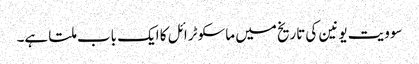
سوویت یونین کی تاریخ میں ماسکو ٹرائل کا ایک باب ملتا ہے۔